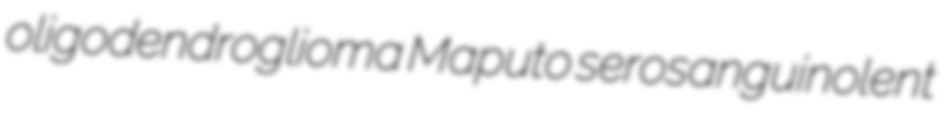
oligodendroglioma Maputo serosanguinolent